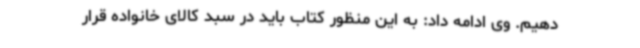
دهیم. وی ادامه داد: به این منظور کتاب باید در سبد کالای خانواده قرار